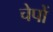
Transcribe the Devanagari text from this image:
चेपों